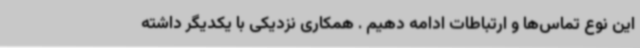
این نوع تماس‌ها و ارتباطات ادامه دهیم . همکاری نزدیکی با یکدیگر داشته